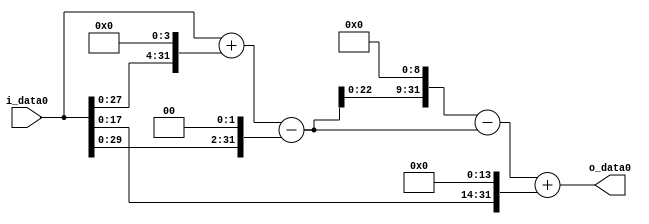
module multiplier_block (
    i_data0,
    o_data0
);

  // Port mode declarations:
  input   [31:0] i_data0;
  output  [31:0]
    o_data0;

  //Multipliers:

  wire [31:0]
    w1,
    w16,
    w17,
    w4,
    w13,
    w6656,
    w6643,
    w16384,
    w23027;

  assign w1 = i_data0;
  assign w13 = w17 - w4;
  assign w16 = w1 << 4;
  assign w16384 = w1 << 14;
  assign w17 = w1 + w16;
  assign w23027 = w6643 + w16384;
  assign w4 = w1 << 2;
  assign w6643 = w6656 - w13;
  assign w6656 = w13 << 9;

  assign o_data0 = w23027;

  //multiplier_block area estimate = 5791.26237074559;
endmodule